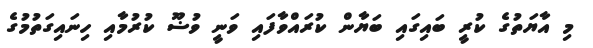
މި އާޔަތުގެ ކުރީ ބައިގައި ބަޔާން ކުރައްވާފައި ވަނީ ވުޟޫ ކުރުމާއި ހިނައިގަތުމުގެ